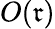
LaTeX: O(\mathfrak{r})